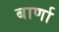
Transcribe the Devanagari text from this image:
बार्णा